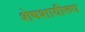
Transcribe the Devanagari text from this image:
शेषशायीरुप